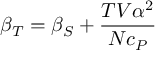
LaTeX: \beta _ { T } = \beta _ { S } + { \frac { T V \alpha ^ { 2 } } { N c _ { P } } }